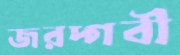
জরদ্গবী